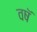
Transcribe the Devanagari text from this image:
वषॅ